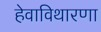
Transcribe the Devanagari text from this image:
हेवाविथारणा